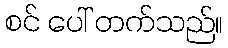
စင် ပေါ် တက်သည်။